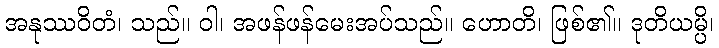
အနုဿဝိတံ၊ သည်။ ဝါ၊ အဖန်ဖန်မေးအပ်သည်။ ဟောတိ၊ ဖြစ်၏။ ဒုတိယမ္ပိ၊